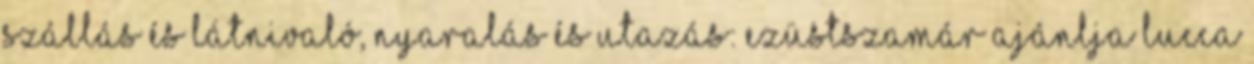
Szállás és látnivaló, nyaralás és utazás: Ezüstszamár ajánlja Lucca